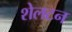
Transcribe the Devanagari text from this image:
शेलटन